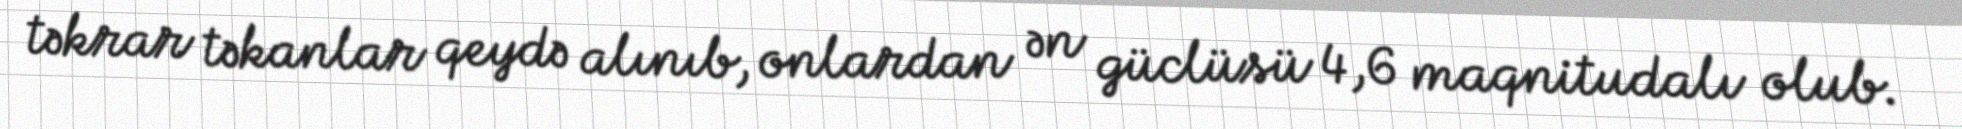
təkrar təkanlar qeydə alınıb, onlardan ən güclüsü 4,6 maqnitudalı olub.